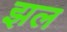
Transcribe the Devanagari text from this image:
झल